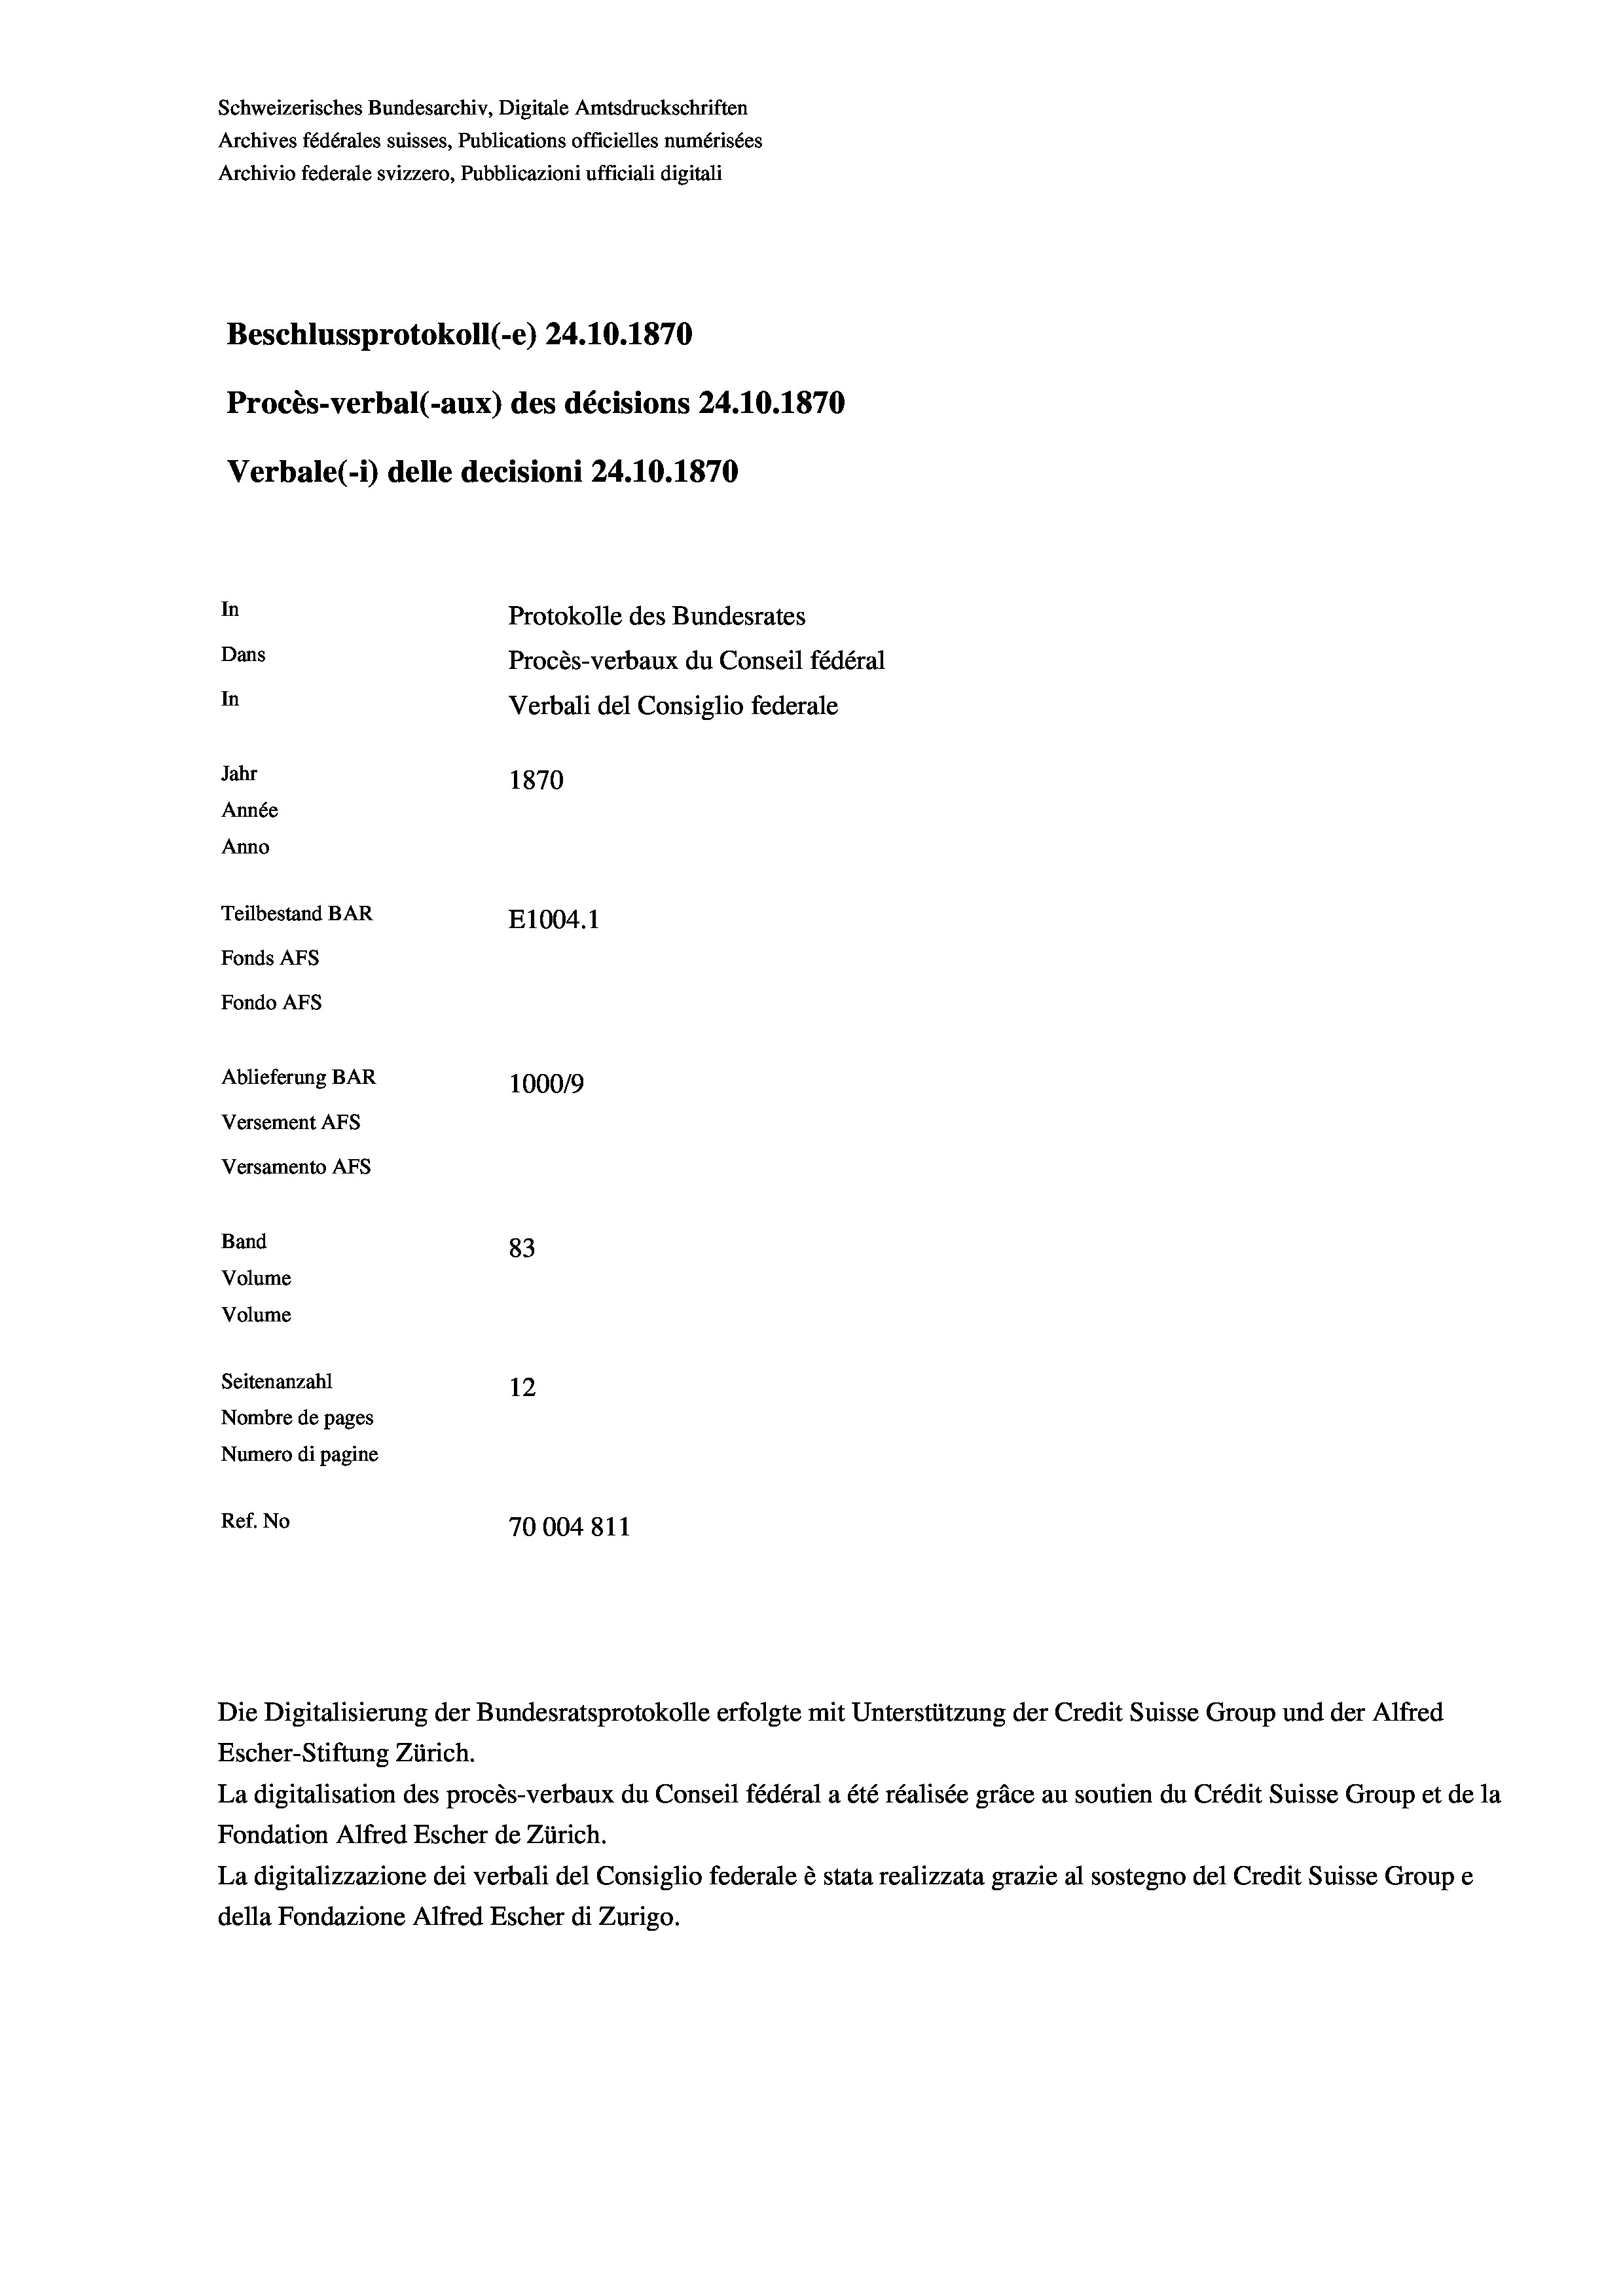
Schweizerisches Bundesarchiv, Digitale Amtsdruckschriften
Archives fédérales suisses, Publications officielles numérisées
Archivio federale svizzero, Pubblicazioni ufficiali digitali
Beschlussprotokoll (-e) 24.10.1870
Procès-verbal (-aux) des décisions 24.10.1870
Verbale (i) delle decisioni 24.10.1870
In
Protokolle des Bundesrates
Dans
Procès-verbaux du Conseil fédéral
In
Verbali del Consiglio federale
Jahr
1870
Année
Anno
Teilbestand BAR
E1004.1
Fonds AFs
Fondo AFs
Ablieferung BAR
1000/9
Versement Abs
Versamento Afs

83
Volume
Seitenanzahl
12
Nombre de pages
Numero di pagine
Ref. No
70004811

Band
Volume

Die Digitalisierung der Bundesratsprotokolle erfolgte mit Unterstützung der Credit Suisse Group und der Alfred

Escher-Stiftung Zürich.
La digitalisation des procès-verbaux du Conseil fédéral a été réalisée gräce au soutien du Crédit Suisse Group et de la
Fondation Alfred Escher de Zürich.
La digitalizzazione dei verbali del Consiglio federale è stata realizzata grazie al sostegno del Credit Suisse Groupe
della Fondazione Alfred Escher di Zurigo.